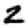
Digit: 2